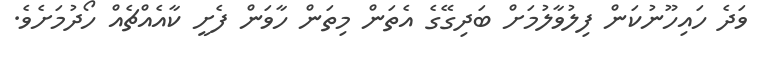
ވަދެ ހައިހޫނުކަން ފިލުވާލުމަށް ބަދިގޭގެ އެތަން މިތަން ހާވަން ފެށީ ކާއެއްޗެއް ހޯދުމަށެވެ.